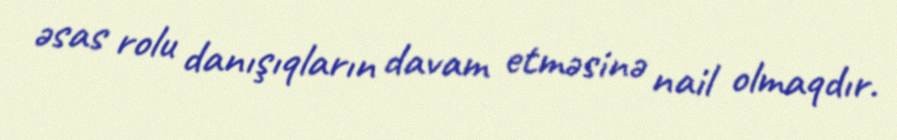
əsas rolu danışıqların davam etməsinə nail olmaqdır.